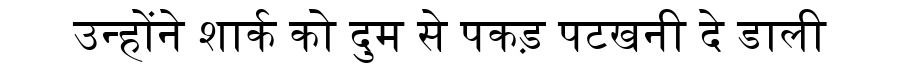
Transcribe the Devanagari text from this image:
उन्होंने शार्क को दुम से पकड़ पटखनी दे डाली